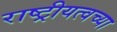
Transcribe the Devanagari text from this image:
राष्ट्रीयत्वच्या